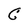
Character: g